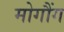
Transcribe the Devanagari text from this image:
मोगौंग